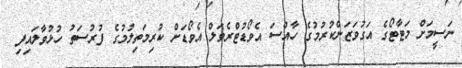
ނަސީމަށް މަޓާޓޯގެ އަގުވަޒަންކުރުމުގެ ހާއްސަ އެވޯޑުޓްރެވަލް އެވޯޑަށް ކުރިމަތިލުމުގެ ފުރުސަތު ހުޅުވާލައިފި